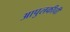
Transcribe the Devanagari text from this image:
आपुलकीची